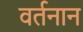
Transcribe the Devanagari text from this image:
वर्तनान